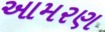
આમરણ